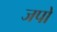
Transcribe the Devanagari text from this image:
जपो